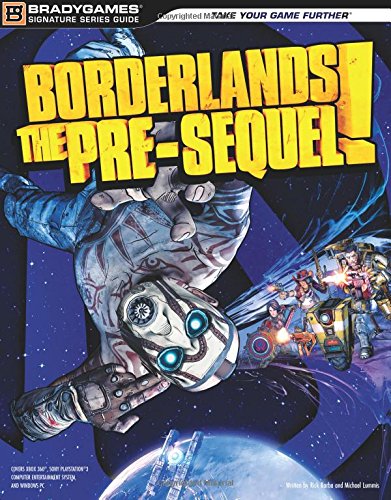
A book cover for Borderlands: The Pre-Sequel Signature Series Strategy Guide; BradyGames; Computers & Technology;